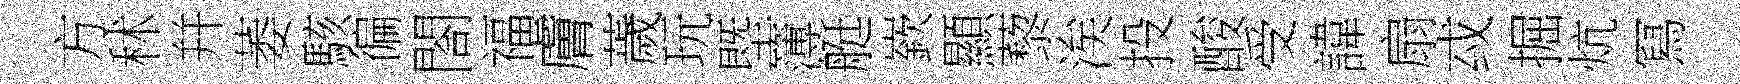
方秫幷萎駭徧閤福膚薉玩塈簿艇嶔顯藜涘投酸受諱扇㦯掘炕冩